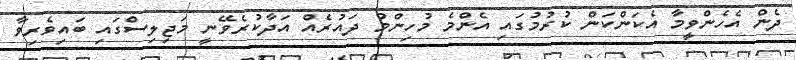
ދެން އެހެންވީމާ އެކަންކަން ކުރުމުގައި އެންމެ މުހިންމު ދައުރެއް އަދާކުރެވޭނީ މަޖިލިސްގައި ބައިވެރިވާ